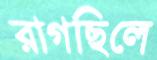
রাগছিলে